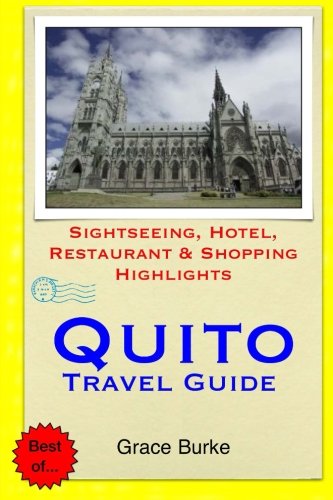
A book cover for Quito Travel Guide: Sightseeing, Hotel, Restaurant & Shopping Highlights; Grace Burke; Travel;